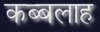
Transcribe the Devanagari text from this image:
कब्बलाह